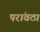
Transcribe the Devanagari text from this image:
परांवठा